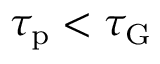
\tau _ { \mathrm { p } } < \tau _ { \mathrm { G } }